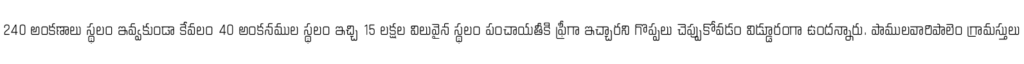
240 అంకణాలు స్థలం ఇవ్వకుండా కేవలం 40 అంకనముల స్థలం ఇచ్చి 15 లక్షల విలువైన స్థలం పంచాయతీకి ఫ్రీగా ఇచ్చారని గొప్పలు చెప్పుకోవడం విడ్డూరంగా ఉందన్నారు. పాములవారిపాలెం గ్రామస్తులు